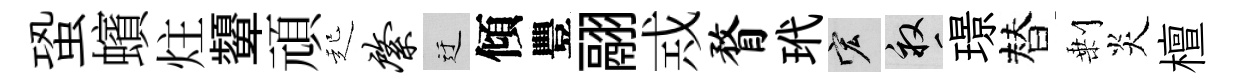
蛩蠙炷顰頑起綮迂傾豐翮𢦶瞀玳宏畝璟替剰炎檀